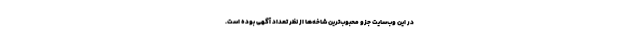
در این وب‌سایت جزو محبوب‌ترین شاخه‌ها از نظر تعداد آگهی بوده است.